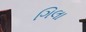
ગિલા